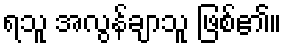
ရသူ အလွန်ချာသူ ဖြစ်၏။